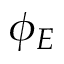
\phi _ { E }